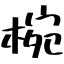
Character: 椀